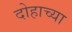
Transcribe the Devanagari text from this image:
दोहाच्या